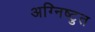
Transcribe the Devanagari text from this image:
अग्निष्टुत